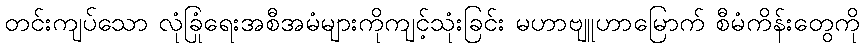
တင်းကျပ်သော လုံခြုံရေးအစီအမံများကိုကျင့်သုံးခြင်း မဟာဗျူဟာမြောက် စီမံကိန်းတွေကို